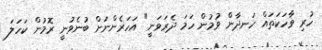
ހުރި ވާހަކަތައް ހަނދާން ވުމުން ހަމަ ދެރަވަނީ" އަހަރެންނަށް ބުނެވުނީ ރޮމުން ކަހަލަ